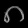
Digit: ၈